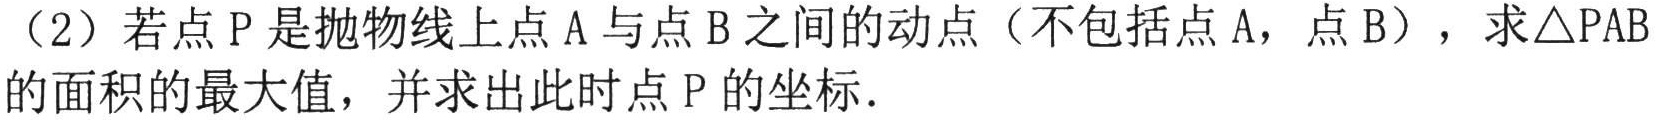
（2）若点\(P\)是抛物线上点\(A\)与点\(B\)之间的动点（不包括点\(A\)，点\(B\)），求\(\triangle PAB\)的面积的最大值，并求出此时点\(P\)的坐标．